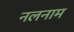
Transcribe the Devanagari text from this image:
नलनाम